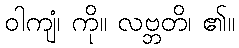
ဝါကျံ၊ ကို။ လဗ္ဘတိ၊ ၏။